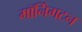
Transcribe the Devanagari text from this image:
मॉर्निंगटन